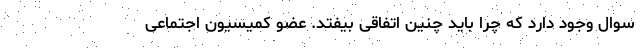
سوال وجود دارد که چرا باید چنین اتفاقی بیفتد. عضو کمیسیون اجتماعی